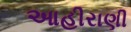
આહીરાણી